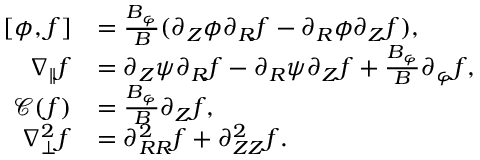
\begin{array} { r l } { [ \phi , f ] } & { = \frac { B _ { \varphi } } { B } ( \partial _ { Z } \phi \partial _ { R } f - \partial _ { R } \phi \partial _ { Z } f ) , } \\ { \nabla _ { \parallel } f } & { = \partial _ { Z } \psi \partial _ { R } f - \partial _ { R } \psi \partial _ { Z } f + \frac { B _ { \varphi } } { B } \partial _ { \varphi } f , } \\ { \mathcal { C } ( f ) } & { = \frac { B _ { \varphi } } { B } \partial _ { Z } f , } \\ { \nabla _ { \perp } ^ { 2 } f } & { = \partial _ { R R } ^ { 2 } f + \partial _ { Z Z } ^ { 2 } f . } \end{array}